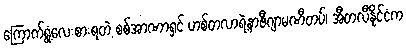
ကြောက်ရွံ့လေးစားရတဲ့ စစ်အာဏာရှင် ဟစ်တလာရဲ့နာဇီဂျာမဏီတပ်၊ အီတလီနိုင်ငံက